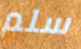
سلم